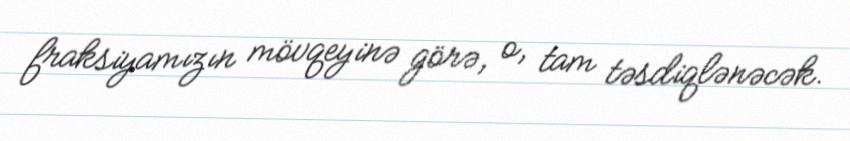
fraksiyamızın mövqeyinə görə, o, tam təsdiqlənəcək.